Report on vaccination in Madras 1895-1903 - 1895-1903
Year: 1895
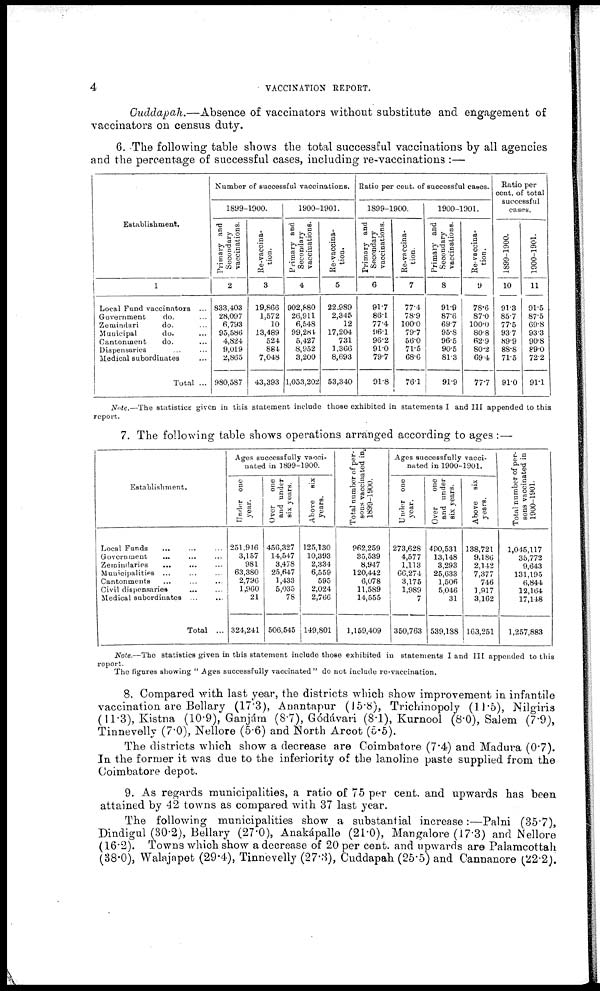
4
VACCINATION REPORT.
Cuddapah.—Absence of vaccinators without substitute and engagement of
vaccinators on census duty.
6. The following table shows the total successful vaccinations by all agencies
and the percentage of successful cases, including re-vaccinations :—
Establishment.
1
Local Fund vaccinators ...
Government
do. ...
Zemindari
do. ...
Municipal
do. ...
Cantonment
do. ...
Dispensaries ... ...
Medical subordinates ...
Total ...
Number of successful vaccinations.
1899-1900.
Primary and
Secondary
vaccinations.
2
833,403
28,097
6,793
95,586
4,824
9,019
2,865
980,587
Re-vaccina-
tion.
3
19,866
1,572
10
13,489
524
884
7,048
43,393
1900-1901.
Primary and
Secondary
vaccinations.
4
902,880
26,911
6,548
99,284
5,427
8,952
3,200
1,053,202
Re-vaccina-
tion.
5
22,989
2,345
12
17,204
731
1,366
8,693
53,340
Ratio per cent. of successful cases.
1899-1900.
Primary and
Secondary
vaccinations.
6
91.7
86.1
77.4
96.1
96.2
91.0
79.7
91.8
Re-vaccina-
tion.
7
77.4
78.9
100.0
79.7
56.0
71.5
68.6
76.1
1900-1901.
Primary and
Secondary
vaccinations.
8
91.9
87.6
69.7
95.8
96.5
90.5
81.3
91.9
Re-vaccina-
tion.
9
78.6
87.0
100.0
80.8
62.9
80.2
69.4
77.7
Ratio per
cent. of total
successful
cases.
1899-1900.
10
91.3
85.7
77.5
93.7
89.9
88.8
71.5
91.0
1900-1901.
11
91.5
87.5
69.8
93.3
90.8
89.0
72.2
91.1
Note.—The statistics given in this statement include those exhibited in statements I and III appended to this
report.
7. The following table shows operations arranged according to ages :—
Establishment.
Local Funds ... ... ...
Government ... ... ...
Zemindaries ... ... ...
Municipalities ... ... ...
Cantonments ... ... ...
Civil dispensaries ... ...
Medical subordinates ...
Total ...
Ages successfully vacci-
nated in 1899-1900.
Under one
year.
251,916
3,157
981
63,380
2,796
1,960
21
324,241
Over one
and under
six years.
456,327
14,547
3,478
25,647
1,433
5,035
78
506,545
Above six
years.
125,130
10,393
2,334
6,559
595
2,024
2,766
149,801
Total number of per-
sons vaccinated in
1899-1900.
962,259
35,539
8,947
120,442
6,078
11,589
14,555
1,159,409
Ages successfully vacci-
nated in 1900-1901.
Under one
year.
273,628
4,577
1,113
66,274
3,175
1,989
7
350,763
Over
one
and under
six years.
490,531
13,148
3,293
25,633
1,506
5,046
31
539,188
Above six
years.
138,721
9,186
2,142
7,377
746
1,917
3,162
163,251
Total number of per-
sons vaccinated in
1900-1901.
1,045,117
35,772
9,643
131,195
6,844
12,164
17,148
1,257,883
Note.—The statistics given in this statement include those exhibited in statements I and III appended to this
report.
The figures showing " Ages successfully vaccinated" do not include re-vaccination.
8. Compared with last year, the districts which show improvement in infantile
vaccination are Bellary (17.3), Anantapur (15.8), Trichinopoly (11.5), Nilgiris
(11.3), Kistna (10.9), Ganjám (8.7), Gódávari (8.1), Kurnool (8.0), Salem (7.9),
Tinnevelly (7.0), Nellore (5.6) and North Arcot (5.5).
The districts which show a decrease are Coimbatore (7.4) and Madura (0.7).
In the former it was due to the inferiority of the lanoline paste supplied from the
Coimbatore depot.
9. As regards municipalities, a ratio of 75 per cent. and upwards has been
attained by 42 towns as compared with 37 last year.
The following municipalities show a substantial increase:—Palni (35.7),
Dindigul (30.2), Bellary (27.0), Anakápalle (21.0), Mangalore (17.3) and Nellore
(16.2). Towns which show a decrease of 20 per cent. and upwards are Palamcottah
(38.0), Walajapet (29.4), Tinnevelly (27.3), Cuddapah (25.5) and Cannanore (22.2).